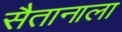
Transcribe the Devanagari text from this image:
सैतानाला